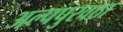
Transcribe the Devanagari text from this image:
अल्पपुरवठा